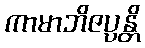
ကာမာဘိဇပ္ပန္တိ